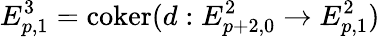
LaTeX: E_{p,1}^{3}=\operatorname{coker}(d:E_{p+2,0}^{2}\to E_{p,1}^{2})